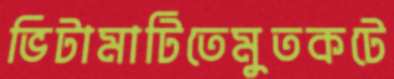
ভিটামাটিতেমুতকটে